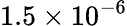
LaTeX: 1.5\times 10^{-6}